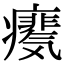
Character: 𪽺